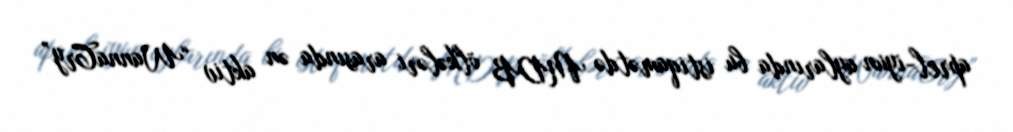
aprel-iyun aylarında bu istiqamətdə MDB ölkələri arasında ən aktiv “WannaCry”